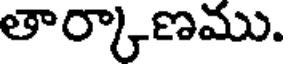
తార్కాణము.